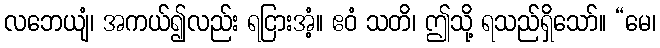
လဘေယျံ၊ အကယ်၍လည်း ရငြားအံ့။ ဧဝံ သတိ၊ ဤသို့ ရသည်ရှိသော်။ “မေ၊